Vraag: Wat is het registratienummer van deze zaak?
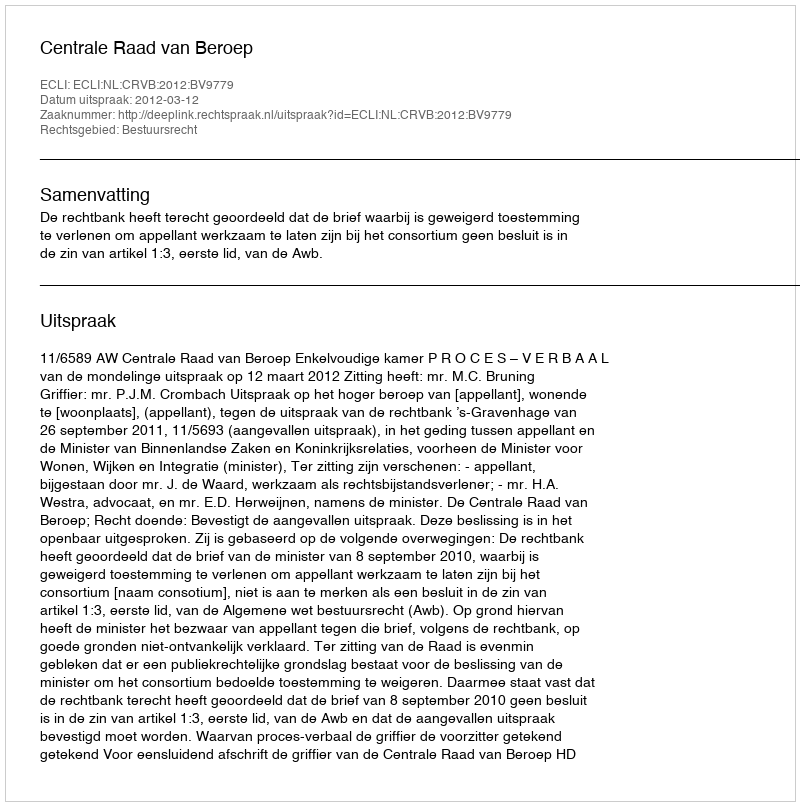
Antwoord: http://deeplink.rechtspraak.nl/uitspraak?id=ECLI:NL:CRVB:2012:BV9779